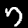
Digit: 7